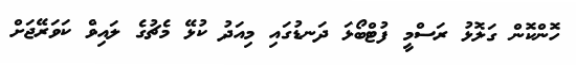
ހޮންކޮން ގަލޮޅު ރަސްމީ ފުޓްބޯޅަ ދަނޑުގައި މިއަދު ކުޅޭ މެޗުގެ ލައިވް ކަވަރޭޖަށް